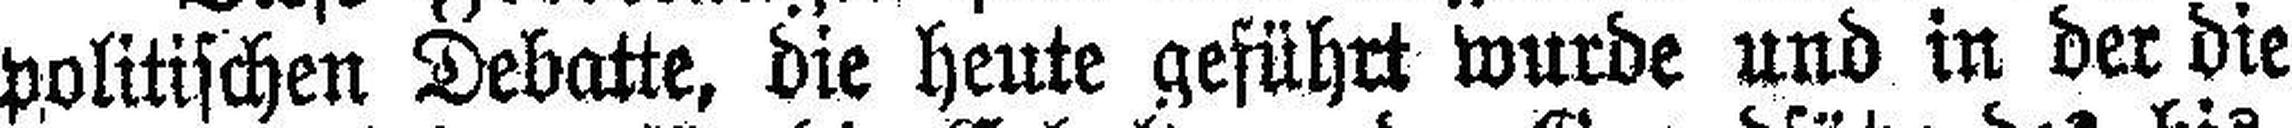
politischen Debatte, die heute geführt wurde und in der die